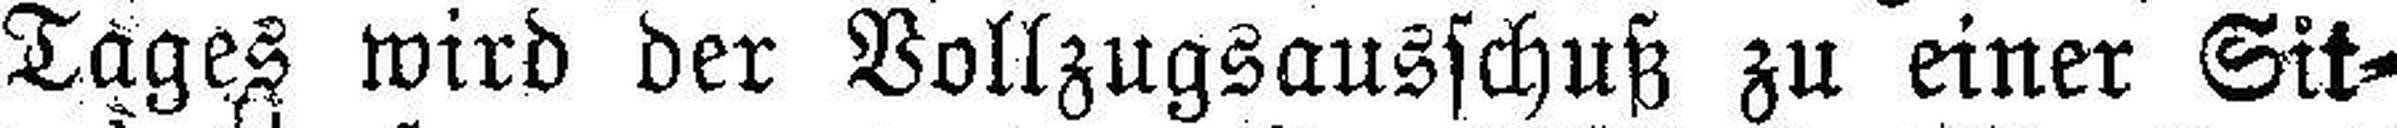
Tages wird der Vollzugsausschuß zu einer Sit¬